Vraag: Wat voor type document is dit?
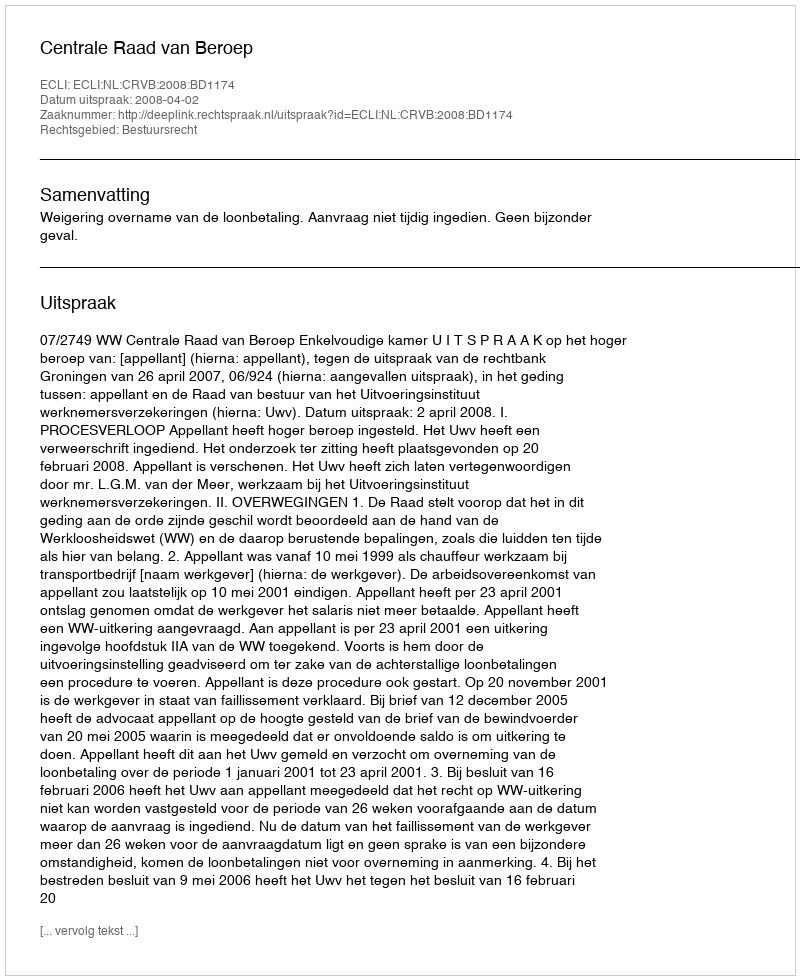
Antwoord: Uitspraak